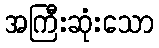
အကြီးဆုံးသော